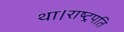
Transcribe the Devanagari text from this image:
था।राष्ट्रपति